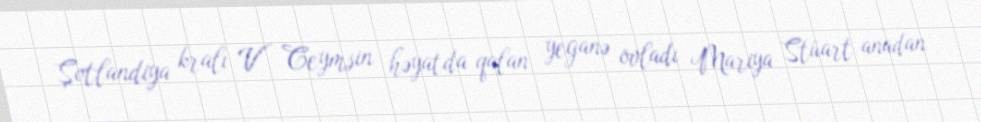
Şotlandiya kralı V Ceymsin həyatda qalan yeganə övladı Mariya Stüart anadan